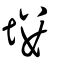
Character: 塿